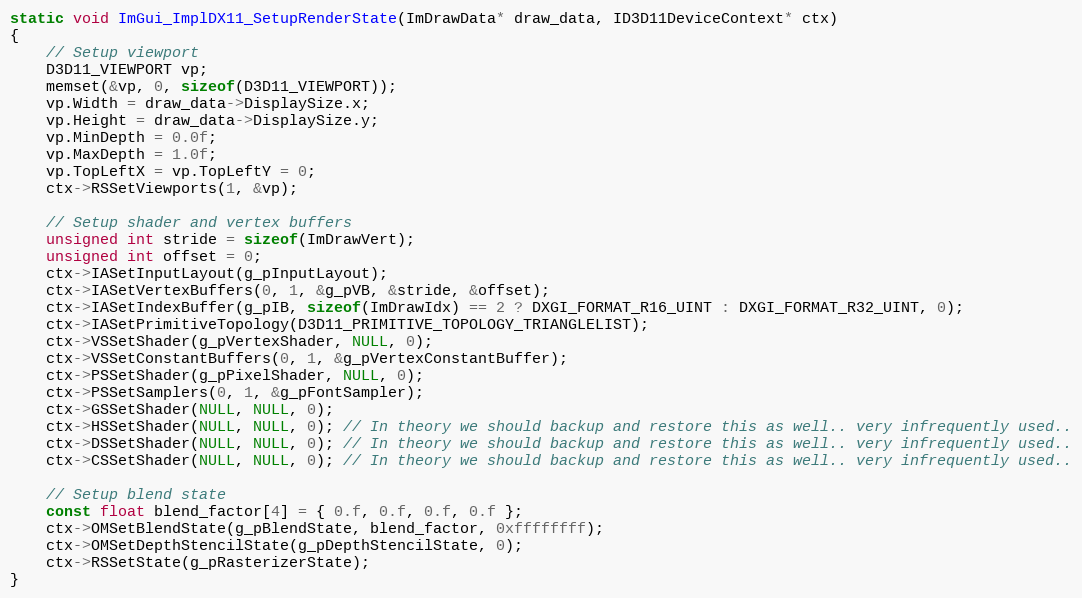
Language: C++
static void ImGui_ImplDX11_SetupRenderState(ImDrawData* draw_data, ID3D11DeviceContext* ctx)
{
    // Setup viewport
    D3D11_VIEWPORT vp;
    memset(&vp, 0, sizeof(D3D11_VIEWPORT));
    vp.Width = draw_data->DisplaySize.x;
    vp.Height = draw_data->DisplaySize.y;
    vp.MinDepth = 0.0f;
    vp.MaxDepth = 1.0f;
    vp.TopLeftX = vp.TopLeftY = 0;
    ctx->RSSetViewports(1, &vp);

    // Setup shader and vertex buffers
    unsigned int stride = sizeof(ImDrawVert);
    unsigned int offset = 0;
    ctx->IASetInputLayout(g_pInputLayout);
    ctx->IASetVertexBuffers(0, 1, &g_pVB, &stride, &offset);
    ctx->IASetIndexBuffer(g_pIB, sizeof(ImDrawIdx) == 2 ? DXGI_FORMAT_R16_UINT : DXGI_FORMAT_R32_UINT, 0);
    ctx->IASetPrimitiveTopology(D3D11_PRIMITIVE_TOPOLOGY_TRIANGLELIST);
    ctx->VSSetShader(g_pVertexShader, NULL, 0);
    ctx->VSSetConstantBuffers(0, 1, &g_pVertexConstantBuffer);
    ctx->PSSetShader(g_pPixelShader, NULL, 0);
    ctx->PSSetSamplers(0, 1, &g_pFontSampler);
    ctx->GSSetShader(NULL, NULL, 0);
    ctx->HSSetShader(NULL, NULL, 0); // In theory we should backup and restore this as well.. very infrequently used..
    ctx->DSSetShader(NULL, NULL, 0); // In theory we should backup and restore this as well.. very infrequently used..
    ctx->CSSetShader(NULL, NULL, 0); // In theory we should backup and restore this as well.. very infrequently used..

    // Setup blend state
    const float blend_factor[4] = { 0.f, 0.f, 0.f, 0.f };
    ctx->OMSetBlendState(g_pBlendState, blend_factor, 0xffffffff);
    ctx->OMSetDepthStencilState(g_pDepthStencilState, 0);
    ctx->RSSetState(g_pRasterizerState);
}